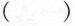
()